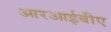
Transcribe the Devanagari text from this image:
आरआईबीए